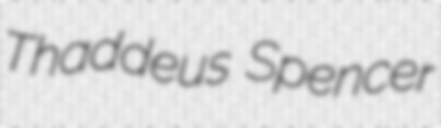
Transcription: Thaddeus Spencer